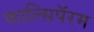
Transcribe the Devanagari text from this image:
फाल्सिपॅरम